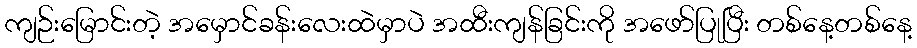
ကျဉ်းမြောင်းတဲ့ အမှောင်ခန်းလေးထဲမှာပဲ အထီးကျန်ခြင်းကို အဖော်ပြုပြီး တစ်နေ့တစ်နေ့